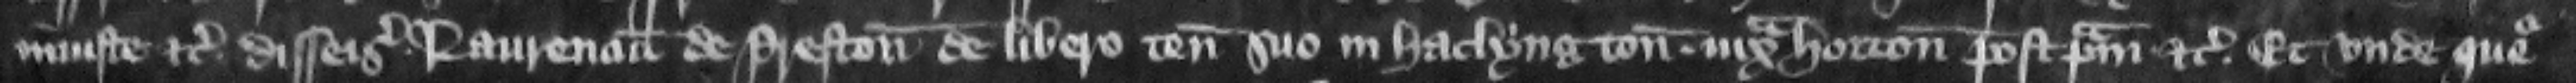
iniuste etc. disseisiuerunt Laurencium de Preston de libero tenemento suo in Haclyngton iuxta Horton post primam etc. Et vnde queritur